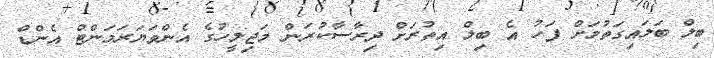
ބިލް ބަލައިގަތުމަށް ފަހު އެ ބިލް އިތުރަށް ދިރާސާކުރަން މަޖިލީހުގެ އެންވަޔަރަމަންޓް އެންޑް